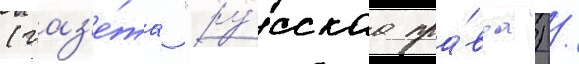
(газ'е́та "ру́сскаа пра́вда") /